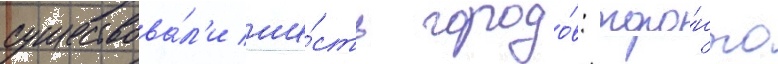
существова́л'и ше́сть городо́в: торо́нто